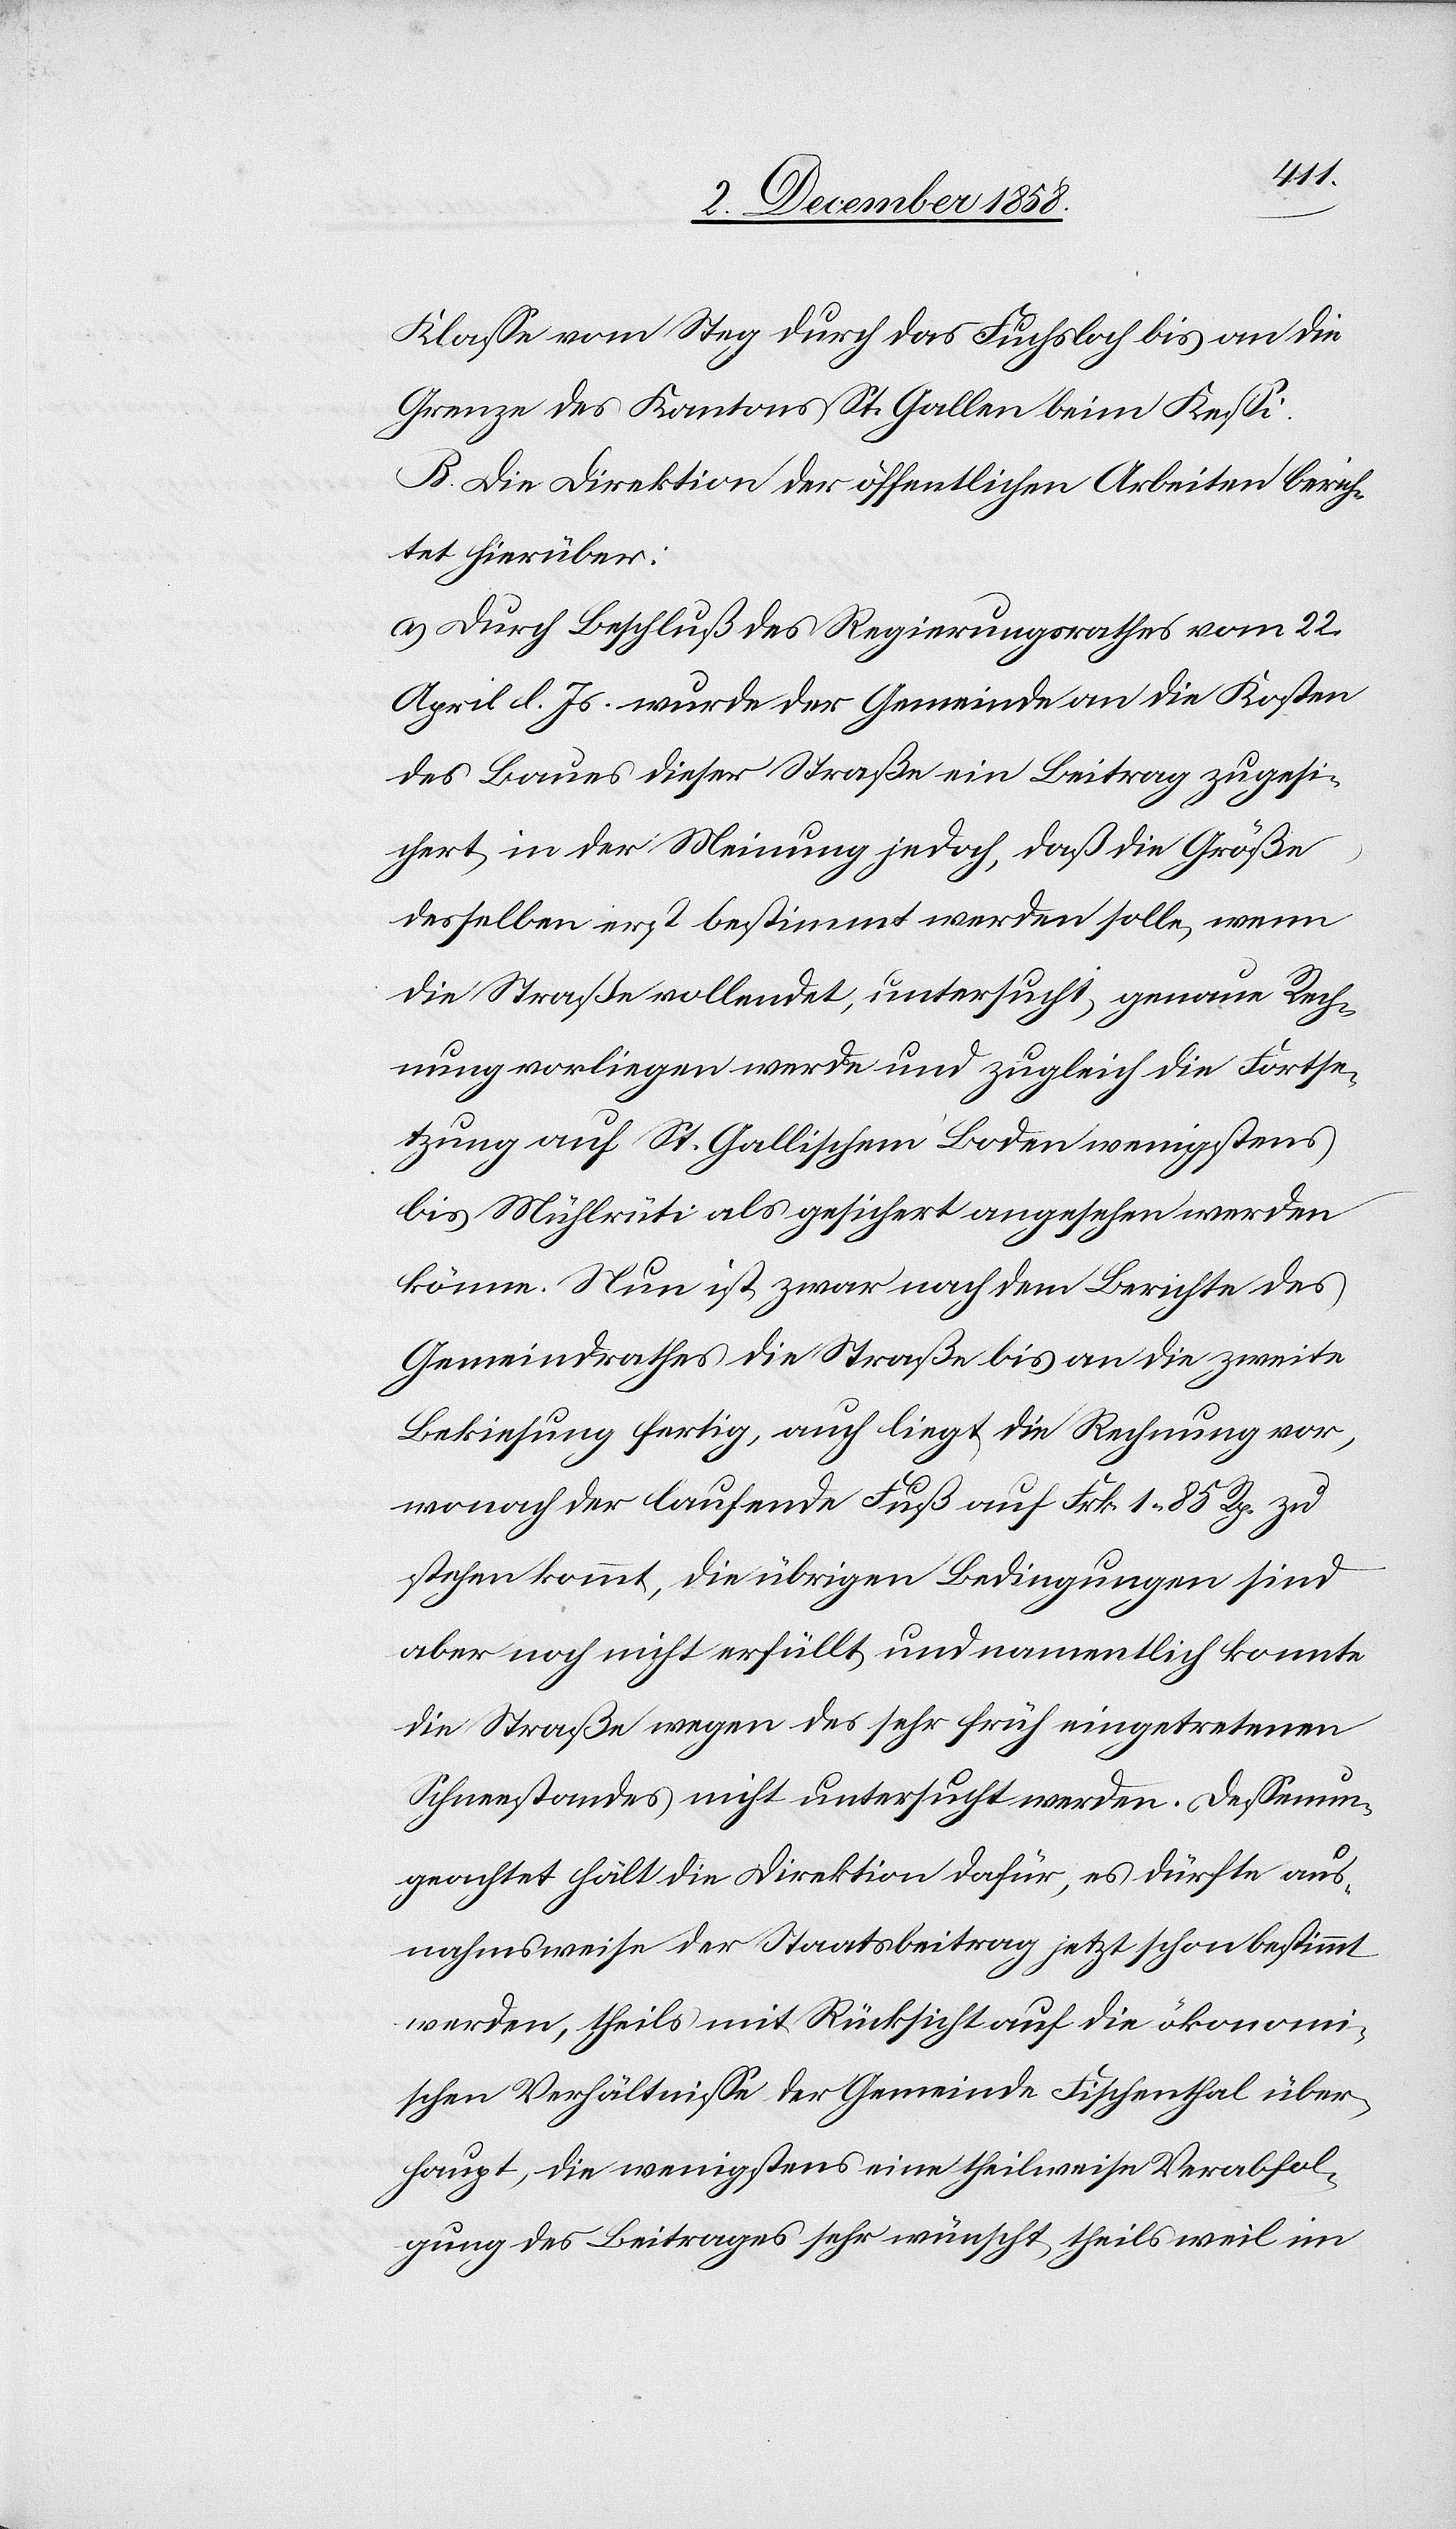
Klasse vom Steg durch das Fuchsloch bis an die
Grenze des Kantons St. Gallen beim Kessi.
B. Die Direktion der öffentlichen Arbeiten berich¬
tet hierüber:
a.) Durch Beschluß des Regierungsrathes vom 22.
April l. Js. wurde der Gemeinde an die Kosten
des Baues dieser Straße ein Beitrag zugesi¬
chert, in der Meinung jedoch, daß die Größe
desselben erst bestimmt werden solle, wenn
die Straße vollendet, untersucht, genaue Rech¬
nung vorliegen werde und zugleich die Fortse¬
tzung auf St. Gallischem Boden wenigstens
bis Mühlrüti als gesichert angesehen werden
könne. Nun ist zwar nach dem Berichte des
Gemeindrathes die Straße bis an die zweite
Bekiesung fertig, auch liegt die Rechnung vor,
wonach der laufende Fuß auf Frk. 1 85 Rp. zu
stehen kommt, die übrigen Bedingungen sind
aber noch nicht erfüllt, und namentlich konnte
die Straße wegen des sehr früh eingetretenen
Schneestandes nicht untersucht werden. Dessenun¬
geachtet hält die Direktion dafür, es dürfte aus¬
nahmsweise der Staatsbeitrag jetzt schon bestimmt
werden, theils mit Rücksicht auf die ökonomi¬
schen Verhältnisse der Gemeinde Fischenthal über¬
haupt, die wenigstens eine theilweise Verabfol¬
gung des Beitrages sehr wünscht, theils weil im